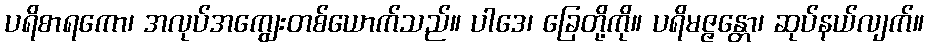
ပရိစာရကော၊ အလုပ်အကျွေးတစ်ယောက်သည်။ ပါဒေ၊ ခြေတို့ကို။ ပရိမဇ္ဇန္တော၊ ဆုပ်နယ်လျက်။